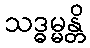
သဒ္ဓမ္မန္တိ